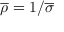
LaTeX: { \overline { { \rho } } } = 1 / { \overline { { \sigma } } }